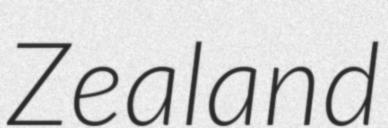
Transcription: Zealand